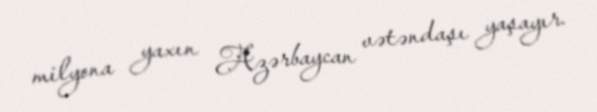
milyona yaxın Azərbaycan vətəndaşı yaşayır.